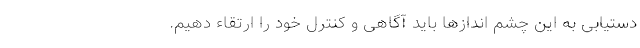
دستیابی به این چشم اندازها باید آگاهی و کنترل خود را ارتقاء دهیم.